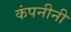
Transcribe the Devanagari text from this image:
कंपनीनी